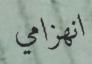
انھزامي